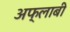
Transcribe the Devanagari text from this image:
अफ्लाबी